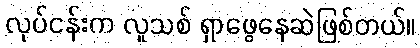
လုပ်ငန်းက လူသစ် ရှာဖွေနေဆဲဖြစ်တယ်။